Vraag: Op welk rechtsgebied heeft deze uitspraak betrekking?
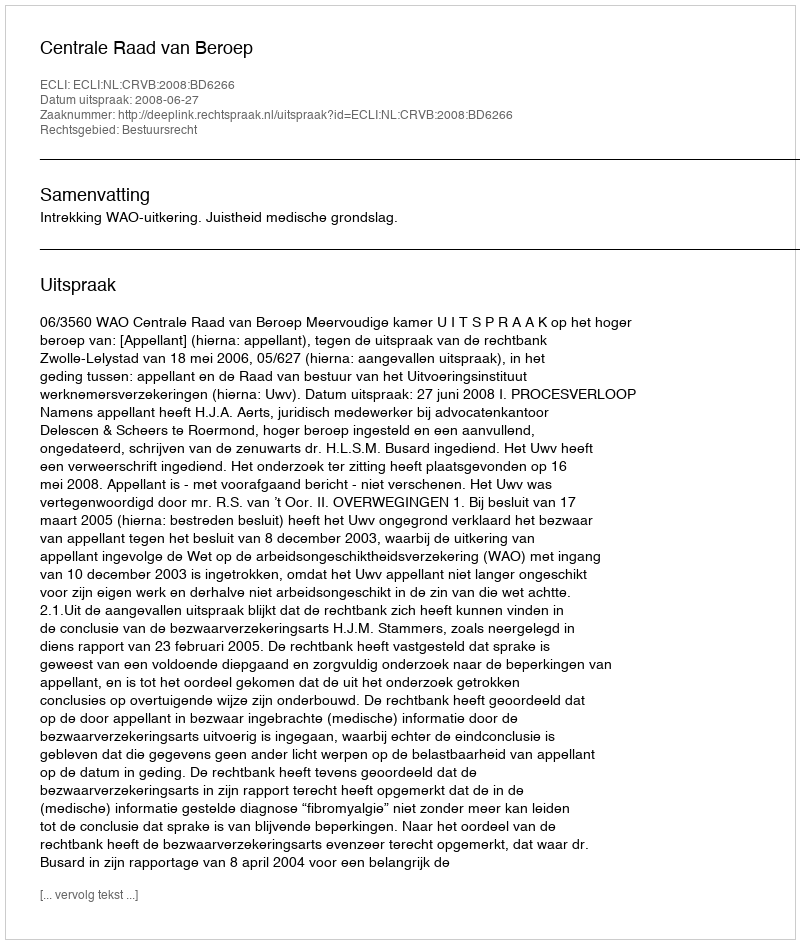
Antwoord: Bestuursrecht